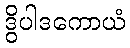
ဒွိပါဒကောယံ